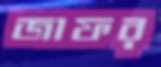
জাফর